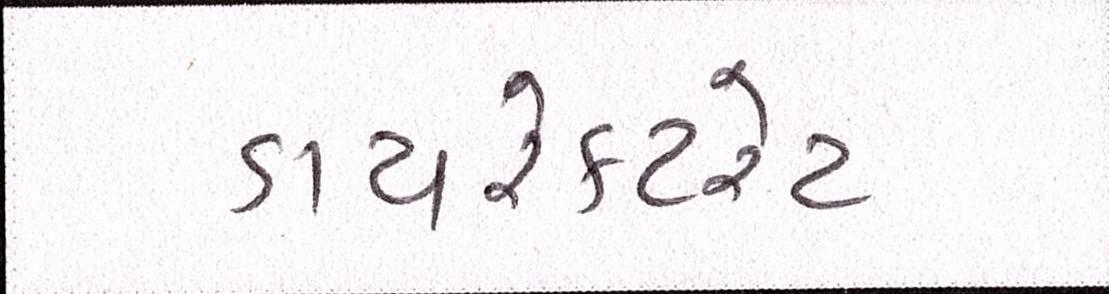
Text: ડાયરેક્ટરેટ